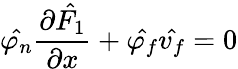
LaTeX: \hat{\varphi_{n}}\frac{\partial\hat{F_{1}}}{\partial x}+\hat{\varphi_{f}}\hat{v_{f}}=0